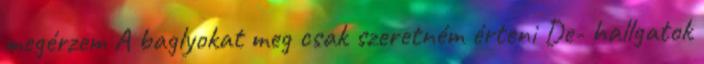
megérzem A baglyokat meg csak szeretném érteni De- hallgatok